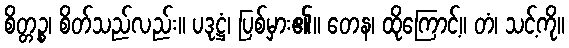
စိတ္တဉ္စ၊ စိတ်သည်လည်း။ ပဒုဋ္ဌံ၊ ပြစ်မှား၏။ တေန၊ ထိုကြောင့်။ တံ၊ သင့်ကို။